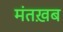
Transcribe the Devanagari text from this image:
मंतख़ब